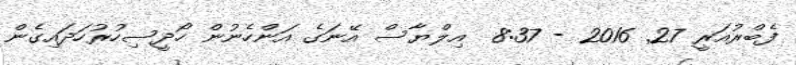
ފެބްރުއަރީ 27